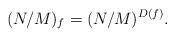
LaTeX: \begin{align*} (N/M)_f=(N/M)^{D(f)}. \end{align*}